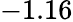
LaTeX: -1.16